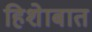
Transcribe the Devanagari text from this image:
हिशेाबात